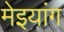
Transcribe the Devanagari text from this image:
मेइयांग